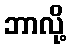
ဘာလို့